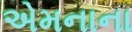
એમનાના